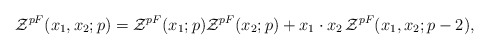
\begin{align*}{\cal Z}^{pF}(x_1,x_2;p)={\cal Z}^{pF}(x_1;p){\cal Z}^{pF}(x_2;p)+x_1\cdot x_2 \,{\cal Z}^{pF}(x_1,x_2;p-2),\end{align*}